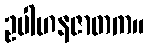
ဥပါဟနဇာတက။